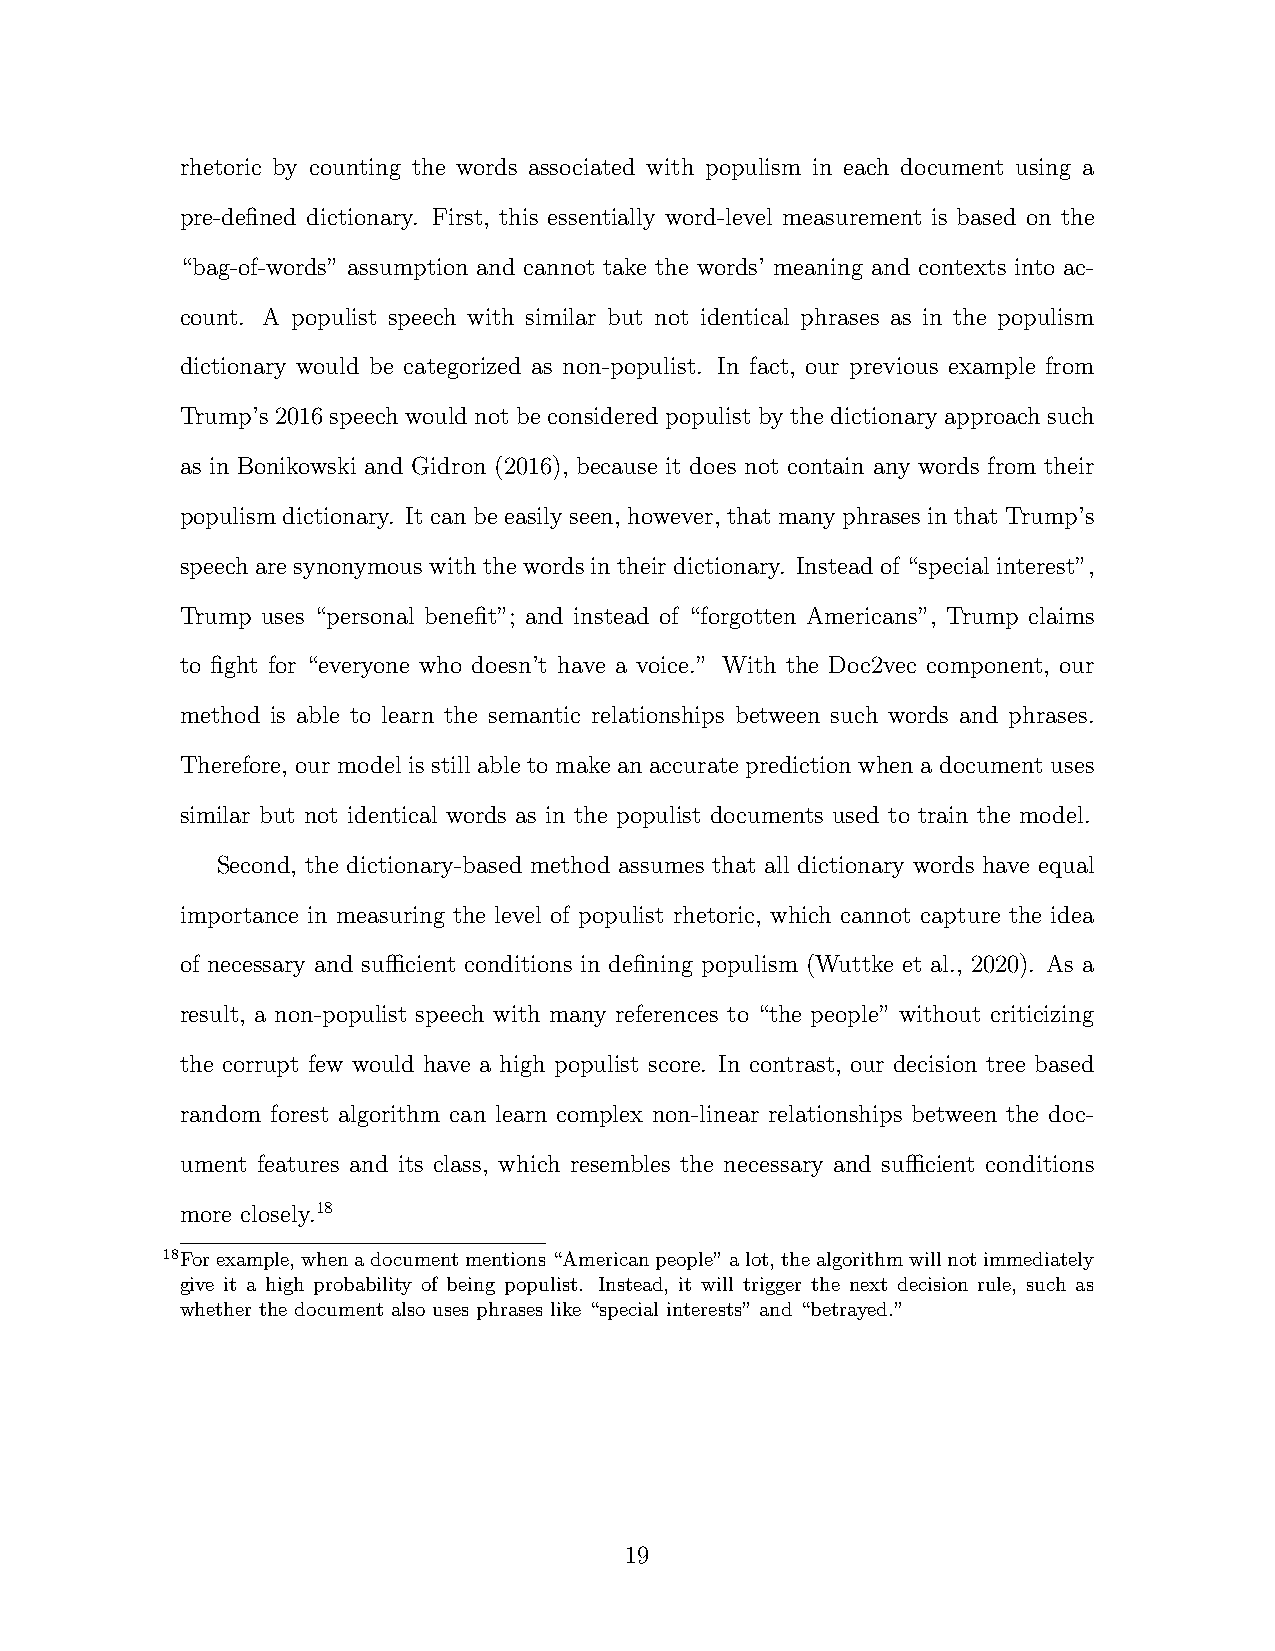
rhetoric by counting the words associated with populism in each document using a
 pre-defined dictionary. First, this essentially word-level measurement is based on the
 “bag-of-words” assumption and cannot take the words’ meaning and contexts into ac-
 count. A populist speech with similar but not identical phrases as in the populism
 dictionary would be categorized as non-populist. In fact, our previous example from
 Trump’s 2016 speech would not be considered populist by the dictionary approach such
 as in Bonikowski and Gidron (2016), because it does not contain any words from their
 populism dictionary. It can be easily seen, however, that many phrases in that Trump’s
 speecharesynonymouswiththewordsintheirdictionary. Insteadof“specialinterest”,
 Trump uses “personal benefit”; and instead of “forgotten Americans”, Trump claims
 to fight for “everyone who doesn’t have a voice.” With the Doc2vec component, our
 method is able to learn the semantic relationships between such words and phrases.
 Therefore, our model is still able to make an accurate prediction when a document uses
 similar but not identical words as in the populist documents used to train the model.
 Second, the dictionary-based method assumes that all dictionary words have equal
 importance in measuring the level of populist rhetoric, which cannot capture the idea
 of necessary and sufficient conditions in defining populism (Wuttke et al., 2020). As a
 result, a non-populist speech with many references to “the people” without criticizing
 the corrupt few would have a high populist score. In contrast, our decision tree based
 random forest algorithm can learn complex non-linear relationships between the doc-
 ument features and its class, which resembles the necessary and sufficient conditions
 more closely.18
 18Forexample,whenadocumentmentions“Americanpeople”alot,thealgorithmwillnotimmediately
 give it a high probability of being populist. Instead, it will trigger the next decision rule, such as
 whether the document also uses phrases like “special interests” and “betrayed.”
 19